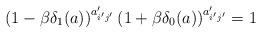
LaTeX: \begin{align*}\left(1-\beta\delta_{1}(a)\right)^{a_{i'j'}'}\left(1+\beta\delta_{0}(a)\right)^{a_{i'j'}'}=1\end{align*}